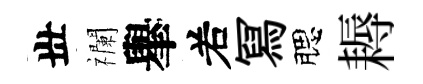
丗襴𦦙𠰥冩腮耨